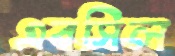
এবসিল